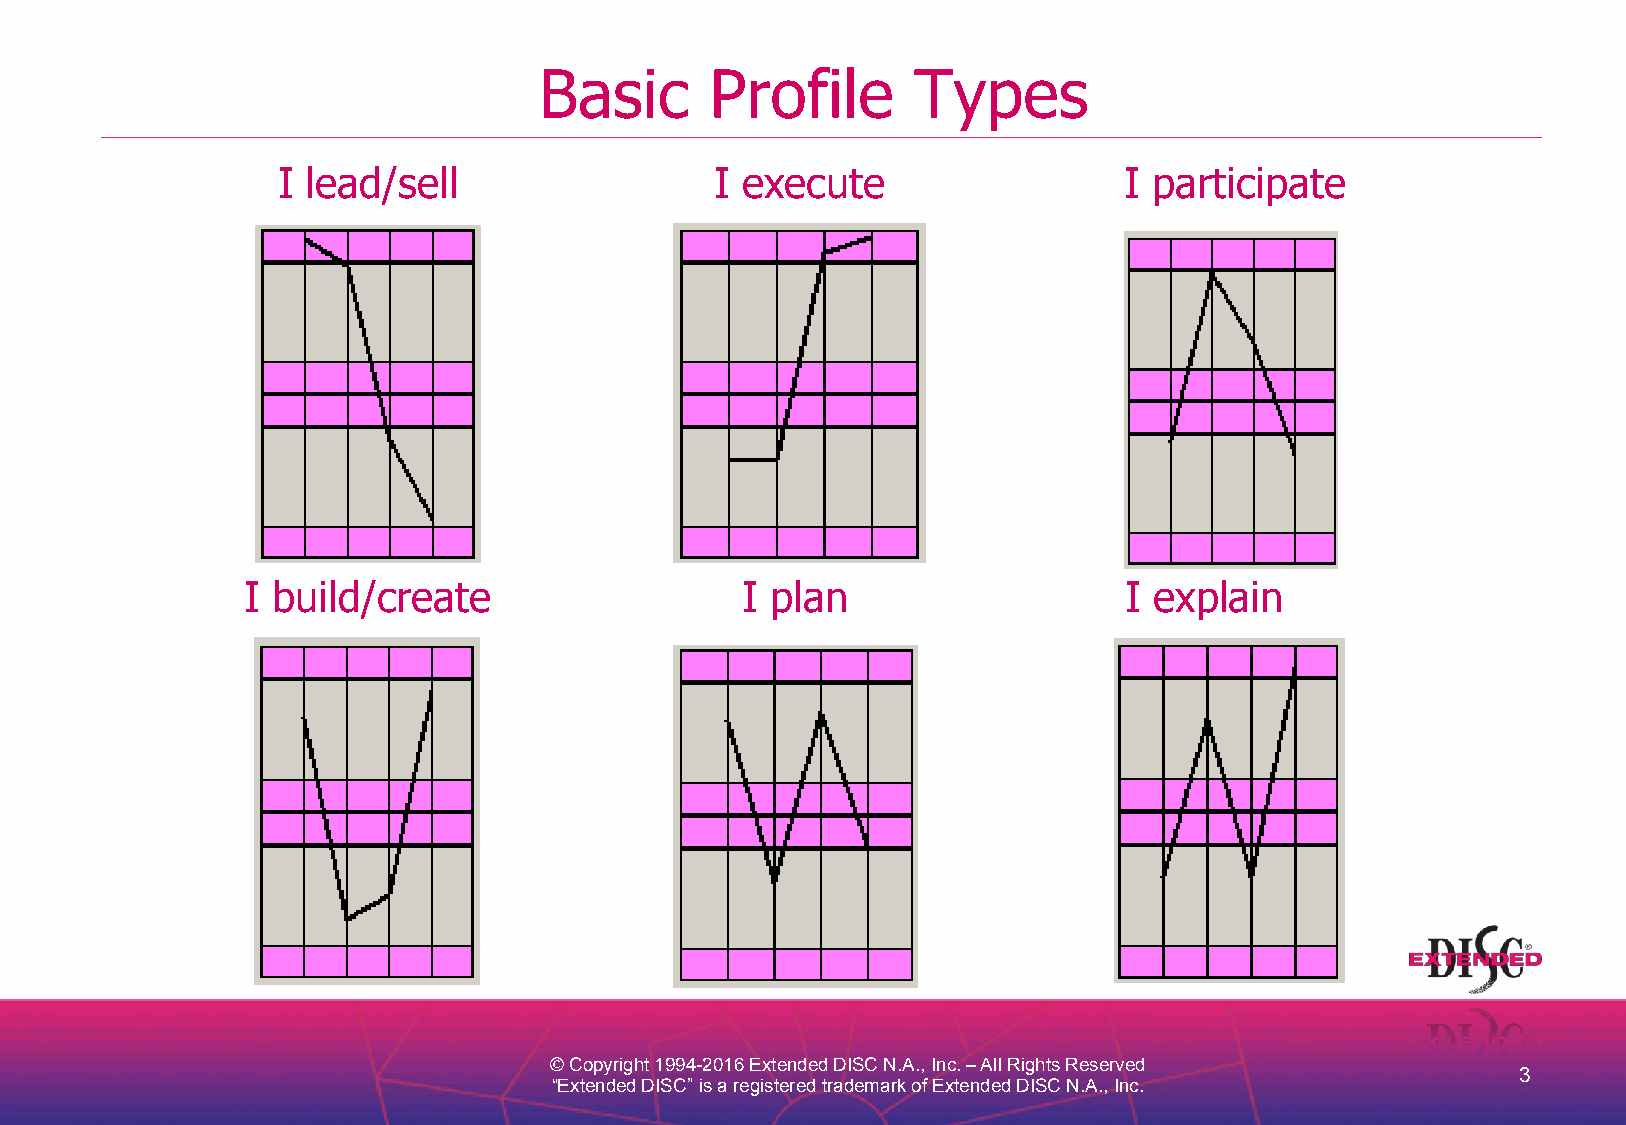
Basic      Profile      Types
 I lead/sel  l                I execute                  I participate
 I build/create                   I plan                   I explain
 © Copyright 1994-2016 Extended DISC N.A., Inc. – All Rights Reserved
 3
 “Extended DISC” is a registered trademark of Extended DISC N.A., Inc.